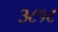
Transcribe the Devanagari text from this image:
३८१८